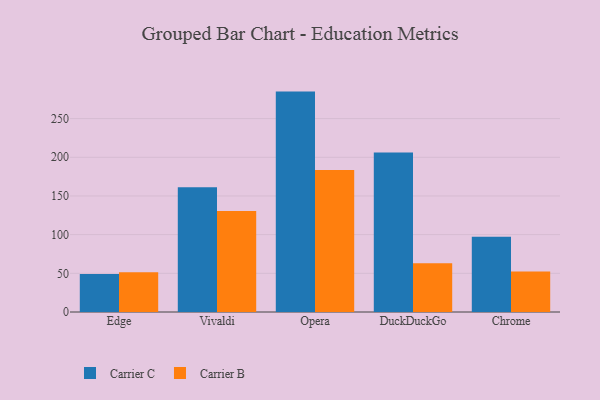
{"axis": {"x": "Browser", "y": "Website Visitors"}, "legend": ["Carrier B", "Carrier C"], "data": [{"x": "Edge", "y": 49.0, "type": "Carrier C"}, {"x": "Edge", "y": 51.3, "type": "Carrier B"}, {"x": "Vivaldi", "y": 161.1, "type": "Carrier C"}, {"x": "Vivaldi", "y": 130.7, "type": "Carrier B"}, {"x": "Opera", "y": 284.9, "type": "Carrier C"}, {"x": "Opera", "y": 183.7, "type": "Carrier B"}, {"x": "DuckDuckGo", "y": 206.1, "type": "Carrier C"}, {"x": "DuckDuckGo", "y": 62.9, "type": "Carrier B"}, {"x": "Chrome", "y": 97.4, "type": "Carrier C"}, {"x": "Chrome", "y": 52.2, "type": "Carrier B"}]}